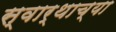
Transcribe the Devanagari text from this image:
स्वार्थाच्या